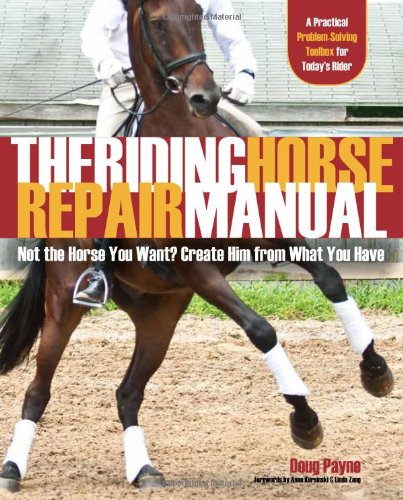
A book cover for The Riding Horse Repair Manual: Not the Horse You Want? Create Him from What You Have; Doug Payne; Crafts, Hobbies & Home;